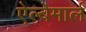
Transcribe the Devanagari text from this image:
ऐल्बेमार्ल